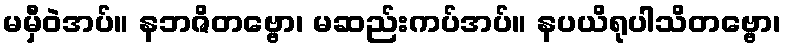
မမှီဝဲအပ်။ နဘဇိတဗ္ဗော၊ မဆည်းကပ်အပ်။ နပယိရုပါသိတဗ္ဗော၊